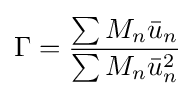
\Gamma ={\frac {\sum M_{n}{\bar {u}}_{n}}{\sum M_{n}{\bar {u}}_{n}^{2}}}